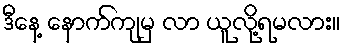
ဒီနေ့ နောက်ကျမှ လာ ယူလို့ရမလား။